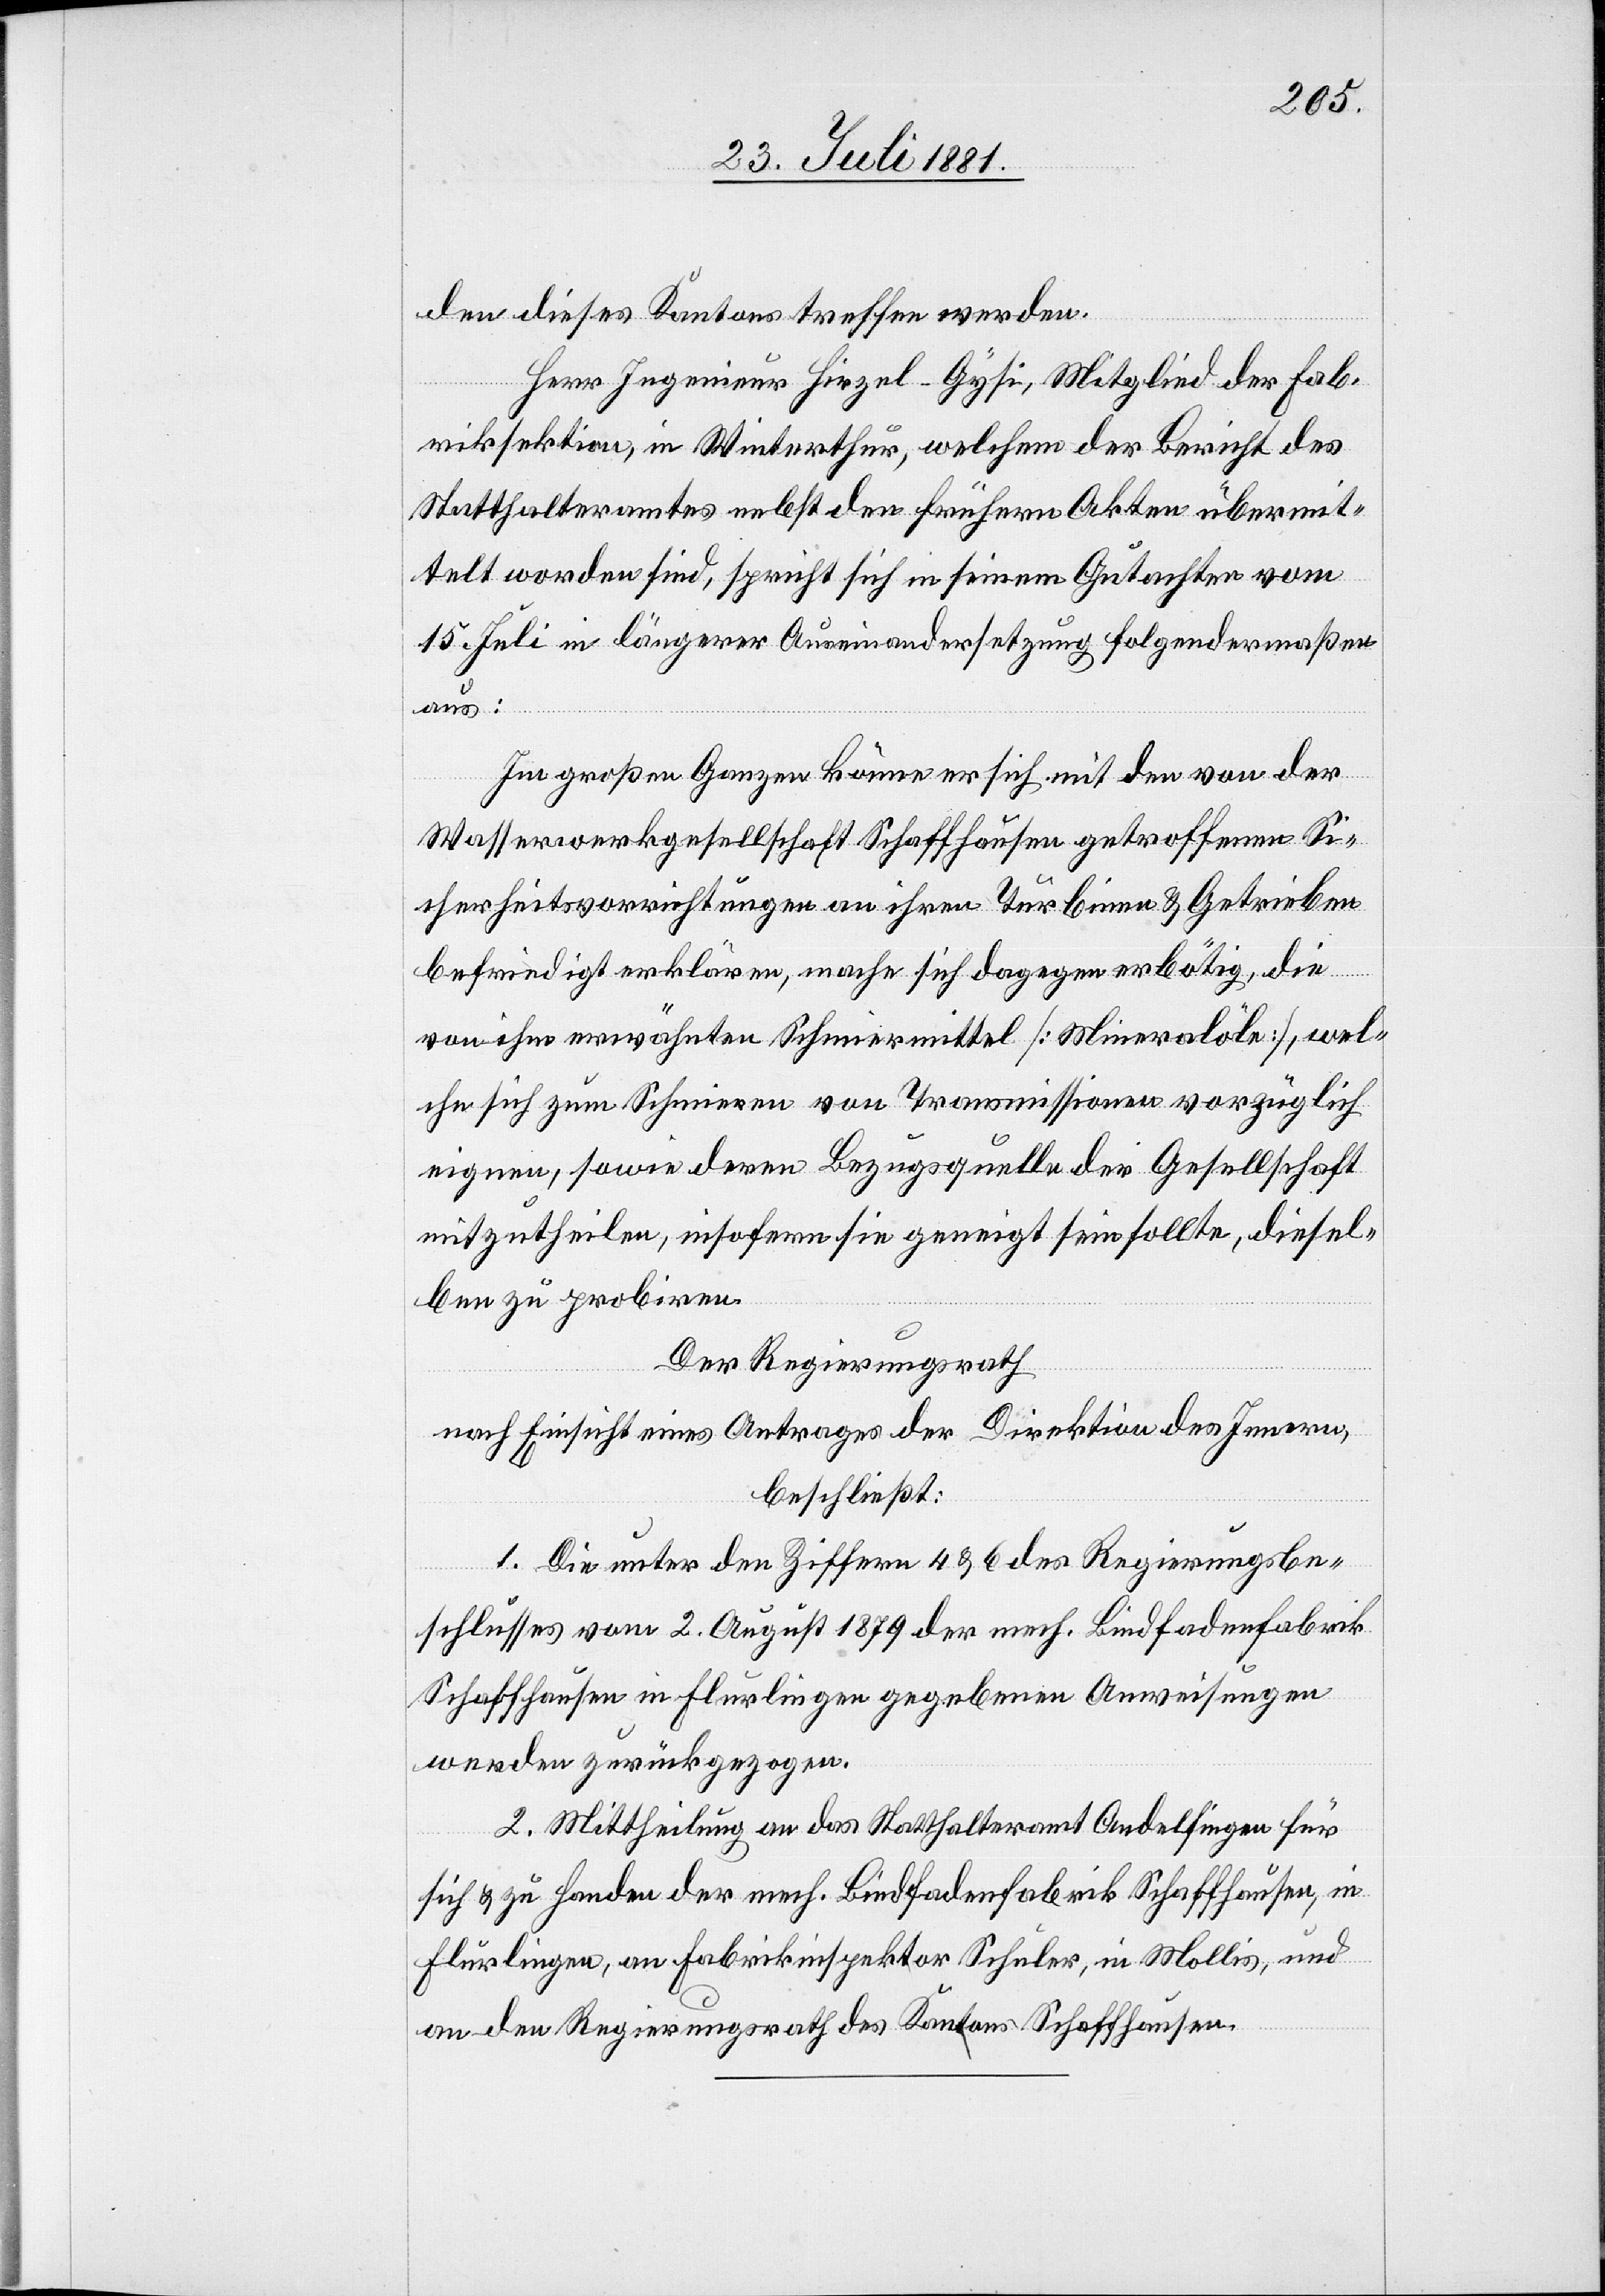
den dieses Kantons treffen werden.
Herr Ingenieur Hirzel-Gysi, Mitglied der Fab¬
riksektion, in Winterthur, welchem der Bericht des
Statthalteramtes nebst den frühern Akten übermit¬
telt worden sind, spricht sich in seinem Gutachten vom
15. Juli in längerer Auseinandersetzung folgendermaßen
aus:
Im großen Ganzen könne er sich mit den von der
Wasserwerkgesellschaft Schaffhausen getroffenen Si¬
cherheitsvorrichtungen an ihren Turbinen & Getrieben
befriedigt erklären, mache sich dagegen erbötig, die
von ihm erwähnten Schmiermittel [Mineralöle], wel¬
che sich zum Schmieren von Transmissionen vorzüglich
eignen, sowie deren Bezugsquelle der Gesellschaft
mitzutheilen, insofern sie geneigt sein sollte, diesel¬
ben zu probiren.
Der Regierungsrath,
nach Einsicht eines Antrages der Direktion des Innern,
beschließt:
1. Die unter den Ziffern 4 & 6 des Regierungsbe¬
schlusses vom 2. August 1879 der mech. Bindfadenfabrik
Schaffhausen in Flurlingen gegebenen Anweisungen
werden zurückgezogen.
2. Mittheilung an das Statthalteramt Andelfingen für
sich & zu Handen der mech. Bindfadenfabrik Schaffhausen, in
Flurlingen, an Fabrikinspektor Schuler, in Mollis, und
an den Regierungsrath des Kantons Schaffhausen.